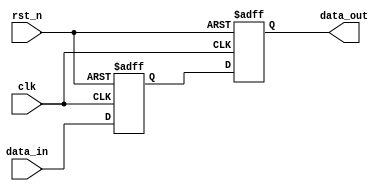
module SequentialLogic (
    input wire clk,        // Clock signal
    input wire rst_n,     // Asynchronous active-low reset
    input wire [7:0] data_in, // Input data
    output reg [7:0] data_out  // Output data
);

// Internal state register
reg [7:0] internal_state;

// Always block sensitive to the rising edge of the clock and the reset signal
always @(posedge clk or negedge rst_n) begin
    if (!rst_n) begin
        // Asynchronous reset: initialize internal state and output
        internal_state <= 8'b0; // Set to 0 on reset
        data_out <= 8'b0;        // Set output to 0 on reset
    end else begin
        // Sequential logic: update internal state and output
        internal_state <= data_in; // Update state with input data
        data_out <= internal_state; // Update output with internal state
    end
end

endmodule